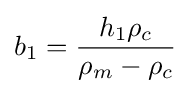
b_{1}={\frac {h_{1}\rho _{c}}{\rho _{m}-\rho _{c}}}